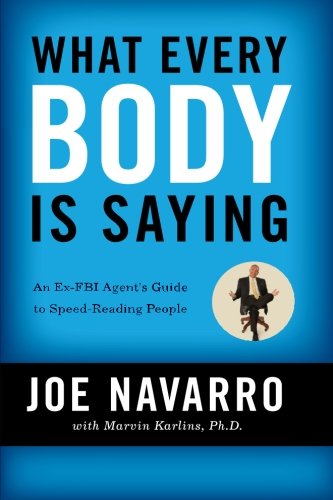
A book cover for What Every BODY is Saying: An Ex-FBI Agent's Guide to Speed-Reading People; Joe Navarro; Self-Help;